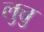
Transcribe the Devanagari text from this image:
लुत्तु